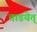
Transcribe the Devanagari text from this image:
ताडयेत्